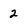
Character: 2